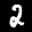
Label: 2